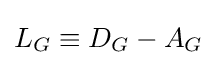
L_{G}\equiv D_{G}-A_{G}